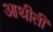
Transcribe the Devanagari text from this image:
आथीती